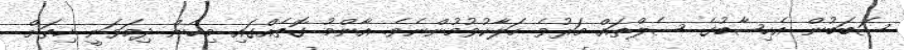
ސަބަބުން އެހިސާބުގެ ސެލްތައް މަރުވެ ހަލާކުވުމުންނެވެ. އާންމު ގޮތެއްގައި މިހެން ދިމަވަނީ ހިތަށް